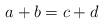
LaTeX: \begin{align*}a+b=c+d\end{align*}